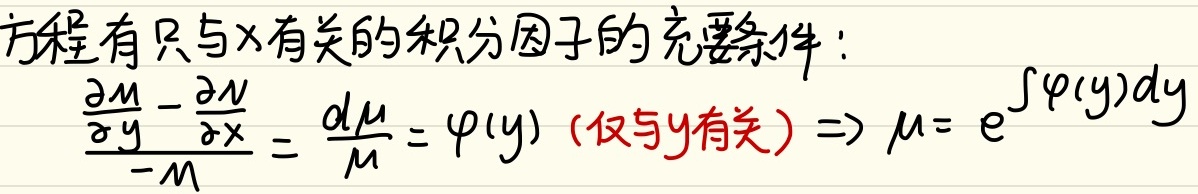
方程有只与\(y\)有关的积分因子的充要条件：\(\frac{\frac{\partial M}{\partial y}-\frac{\partial N}{\partial x}}{-M}=\frac{d\mu}{\mu}=\varphi(y)\)（仅与\(y\)有关）\(\Rightarrow\mu = e^{\int\varphi(y)dy}\)